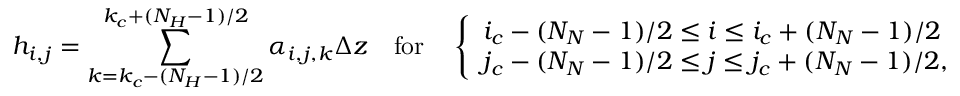
h _ { i , j } = \sum _ { k = k _ { c } - ( N _ { H } - 1 ) / 2 } ^ { k _ { c } + ( N _ { H } - 1 ) / 2 } \alpha _ { i , j , k } \Delta z \quad \mathrm { f o r } \quad \left\{ \begin{array} { l l } { i _ { c } - ( N _ { N } - 1 ) / 2 \le i \le i _ { c } + ( N _ { N } - 1 ) / 2 } \\ { j _ { c } - ( N _ { N } - 1 ) / 2 \le j \le j _ { c } + ( N _ { N } - 1 ) / 2 , } \end{array} \right.